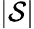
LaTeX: \lvert\mathcal{S}\rvert